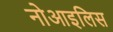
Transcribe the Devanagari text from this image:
नोआइलिस